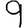
Digit: 9